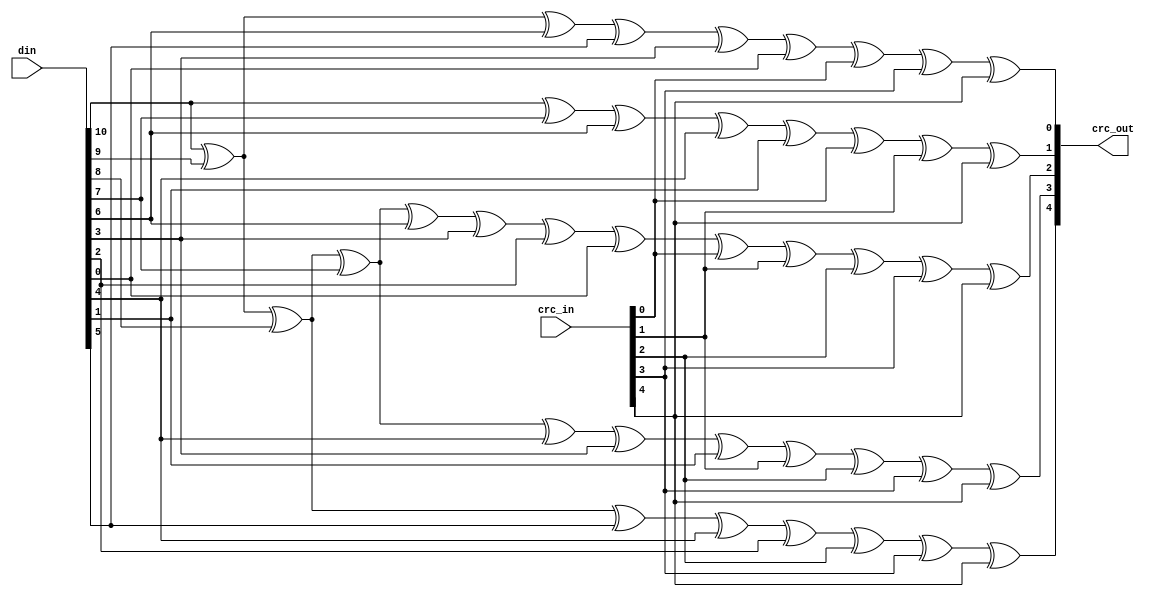
module usb1d_crc5(crc_in, din, crc_out);
input	[4:0]	crc_in;
input	[10:0]	din;
output	[4:0]	crc_out;

assign crc_out[0] =	din[10] ^ din[9] ^ din[6] ^ din[5] ^ din[3] ^
			din[0] ^ crc_in[0] ^ crc_in[3] ^ crc_in[4];

assign crc_out[1] =	din[10] ^ din[7] ^ din[6] ^ din[4] ^ din[1] ^
			crc_in[0] ^ crc_in[1] ^ crc_in[4];

assign crc_out[2] =	din[10] ^ din[9] ^ din[8] ^ din[7] ^ din[6] ^
			din[3] ^ din[2] ^ din[0] ^ crc_in[0] ^ crc_in[1] ^
			crc_in[2] ^ crc_in[3] ^ crc_in[4];

assign crc_out[3] =	din[10] ^ din[9] ^ din[8] ^ din[7] ^ din[4] ^ din[3] ^
			din[1] ^ crc_in[1] ^ crc_in[2] ^ crc_in[3] ^ crc_in[4];

assign crc_out[4] =	din[10] ^ din[9] ^ din[8] ^ din[5] ^ din[4] ^ din[2] ^
			crc_in[2] ^ crc_in[3] ^ crc_in[4];

endmodule